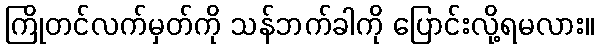
ကြိုတင်လက်မှတ်ကို သန်ဘက်ခါကို ပြောင်းလို့ရမလား။